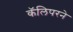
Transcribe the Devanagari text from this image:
कॅलिपरने